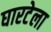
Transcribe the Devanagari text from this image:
घारटेला